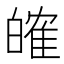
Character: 㿥